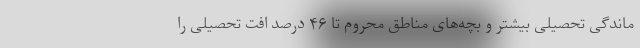
ماندگی تحصیلی بیشتر و بچه‌های مناطق محروم تا ۴۶ درصد افت تحصیلی را